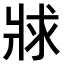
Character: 𤕾